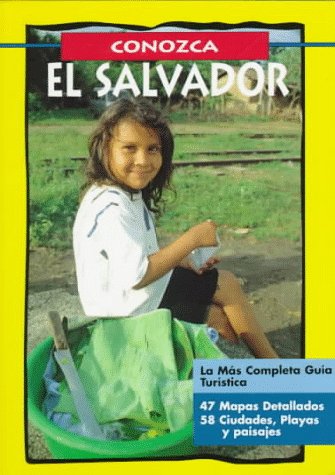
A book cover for Conozca el Salvador; Jeff Brauer; Travel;